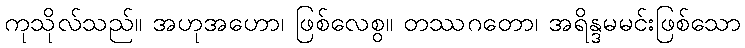
ကုသိုလ်သည်။ အဟုအဟော၊ ဖြစ်လေစွ။ တဿဂတော၊ အရိန္ဒမမင်းဖြစ်သော